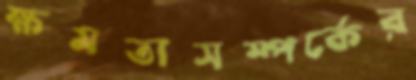
ক্ষমতাসম্পর্কের